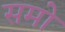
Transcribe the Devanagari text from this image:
समो